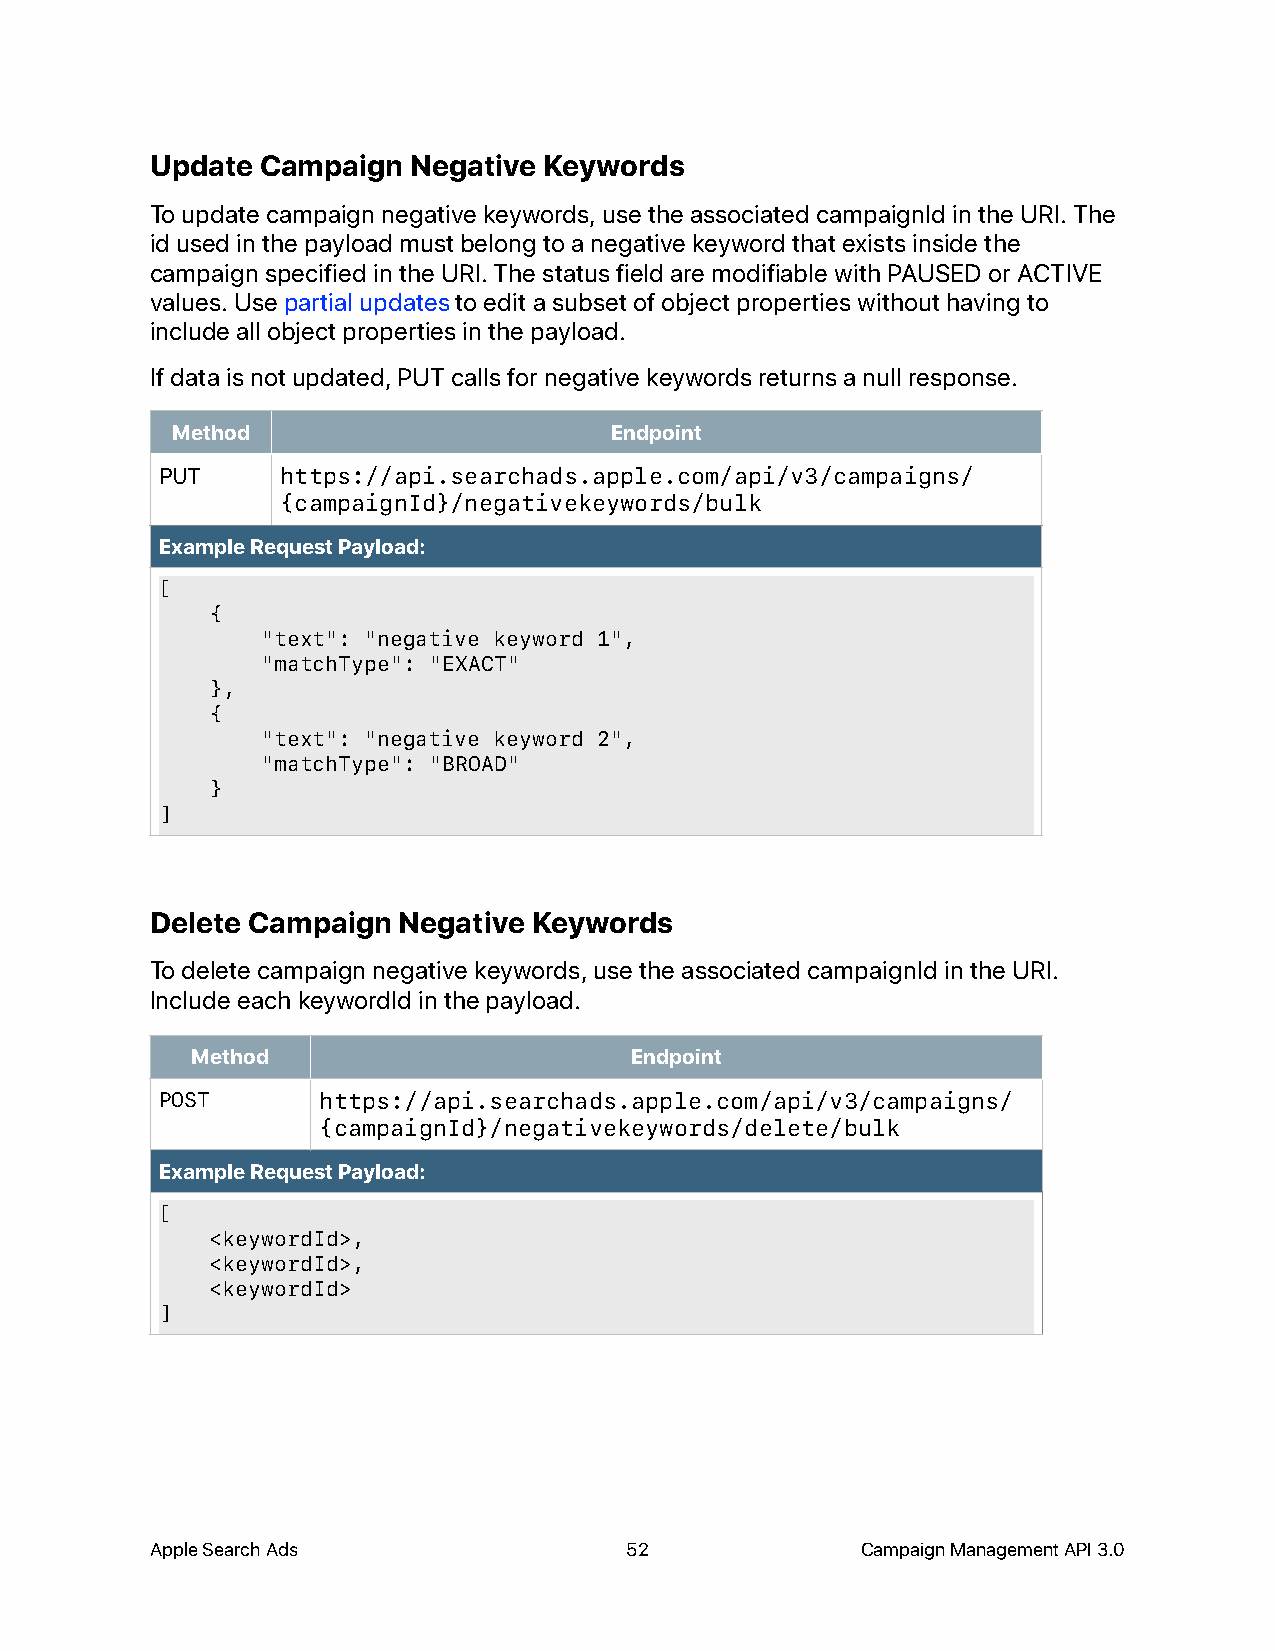
Update Campaign  Negative Keywords
 To update campaign negative keywords, use the associated campaignId in the URI. The
 id used in the payload must belong to a negative keyword that exists inside the
 campaign specified in the URI. The status field are modifiable with PAUSED or ACTIVE
 values. Use partial updates to edit a subset of object properties without having to
 include all object properties in the payload.
 If data is not updated, PUT calls for negative keywords returns a null response.
 Method                       Endpoint
 PUT     https://api.searchads.apple.com/api/v3/campaigns/
 {campaignId}/negativekeywords/bulk
 Example Request Payload:
 [
 {
 "text": "negative keyword 1",
 "matchType": "EXACT"
 },
 {
 "text": "negative keyword 2",
 "matchType": "BROAD"
 }
 ]
 Delete Campaign Negative Keywords
 To delete campaign negative keywords, use the associated campaignId in the URI.
 Include each keywordId in the payload.
 Method                       Endpoint
 POST      https://api.searchads.apple.com/api/v3/campaigns/
 {campaignId}/negativekeywords/delete/bulk
 Example Request Payload:
 [
 <keywordId>,
 <keywordId>,
 <keywordId>
 ]
 Apple Search Ads               52              Campaign Management API 3.0